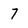
Character: 7